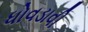
ધોવડાવી